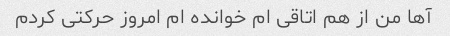
آها من از هم اتاقی ام خوانده ام امروز حرکتی کردم